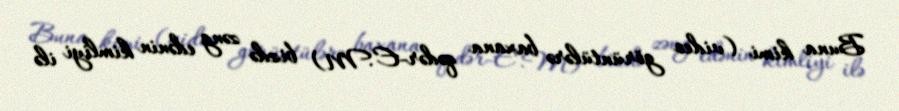
Buna kimi (video görüntülərə baxana qədər-E.M) bizdə zəng edənin kimliyi ilə